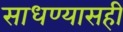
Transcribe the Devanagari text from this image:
साधण्यासही